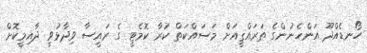
ހޯނޑެއްދޫ އަންހެނުންގެ ތަރައްޤީއަށް މަސައްކަތް ކުރާ ކޮމެޓީ ގެ ރައީސާ ވިދާޅުވީ ދާއިމީކޮށް